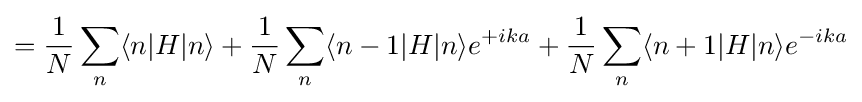
={\frac {1}{N}}\sum _{n}\langle n|H|n\rangle +{\frac {1}{N}}\sum _{n}\langle n-1|H|n\rangle e^{+ika}+{\frac {1}{N}}\sum _{n}\langle n+1|H|n\rangle e^{-ika}